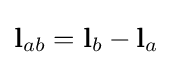
\mathbf {l} _{ab}=\mathbf {l} _{b}-\mathbf {l} _{a}